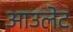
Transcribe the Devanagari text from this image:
आउलेट